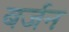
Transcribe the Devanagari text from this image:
बर्जन